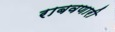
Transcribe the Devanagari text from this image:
राबवणारी